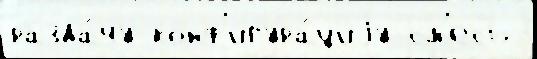
разда́чу конф'игура́циjу см'есь